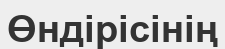
Өндірісінің